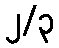
၂/၃